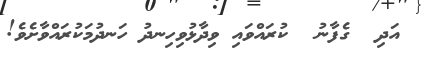
އަދި  ގެފާނު  ކުރައްވައި ވިދާޅުވިހިނދު ހަނދުމަކުރައްވާށެވެ!